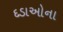
દડાઓના